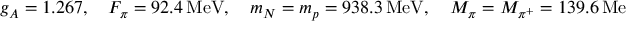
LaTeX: g _ { A } = 1 . 2 6 7 , \quad F _ { \pi } = 9 2 . 4 \, \mathrm { M e V } , \quad m _ { N } = m _ { p } = 9 3 8 . 3 \, \mathrm { M e V } , \quad M _ { \pi } = M _ { \pi ^ { + } } = 1 3 9 . 6 \, \mathrm { M e V } .